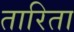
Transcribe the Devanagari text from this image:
तारिता